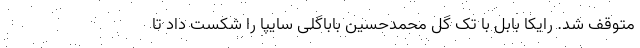
متوقف شد. رایکا بابل با تک گل محمدحسین باباگلی سایپا را شکست داد تا